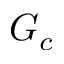
G _ { c }